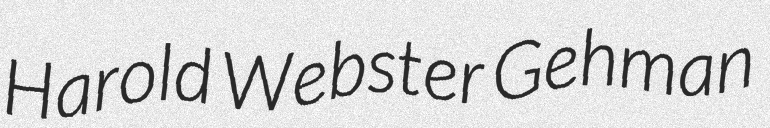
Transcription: Harold Webster Gehman